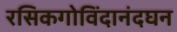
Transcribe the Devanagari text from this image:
रसिकगोविंदानंदघन